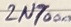
Text: 2N7000